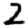
Digit: 2